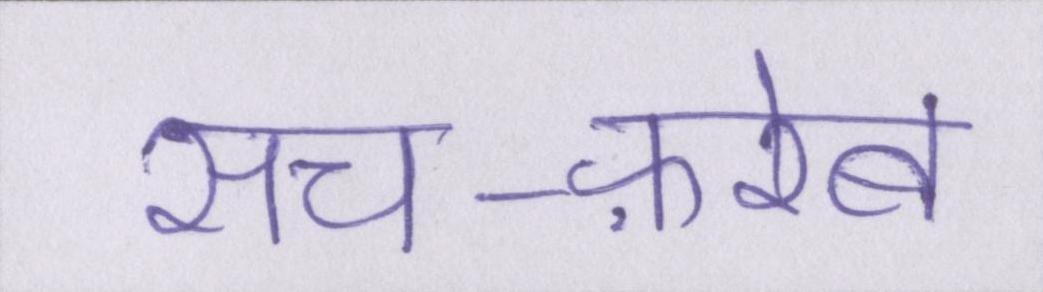
सच-फ़रेब